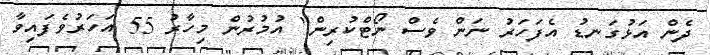
ދެން އަޅުގަނޑު އެފަހަރު ނަން ވެސް ނޯޓްކުރިން" އުމުރުން މިހާރު 55 އަހަރުވެފައިވާ